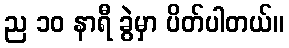
ည ၁၀ နာရီ ခွဲမှာ ပိတ်ပါတယ်။